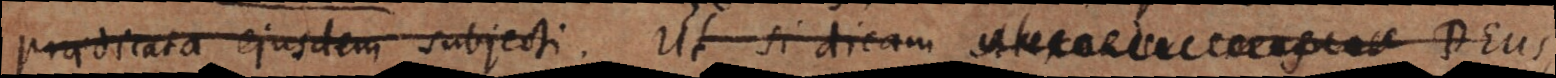
praedicata ejusdem subjecti. Ut si dicam Alexander mag